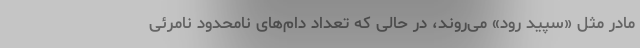
مادر مثل «سپید رود» می‌روند، در حالی که تعداد دام‌های نامحدود نامرئی